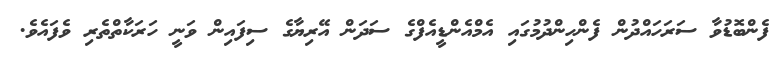
ފެންބޮޑުވާ ސަރަހައްދުން ފެންހިންދުމުގައި އެމްއެންޑީއެފްގެ ސަދަން އޭރިޔާގެ ސިފައިން ވަނީ ހަރަކާތްތެރި ވެފައެވެ.